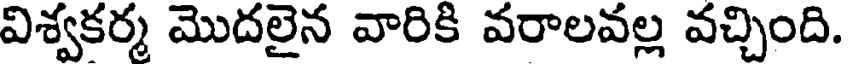
విశ్వకర్మ మొదలైన వారికి వరాలవల్ల వచ్చింది.